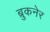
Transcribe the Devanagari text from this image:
ब्रुकनेर